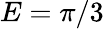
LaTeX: E=\pi/3